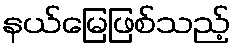
နယ်မြေဖြစ်သည့်